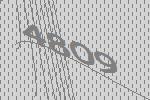
4809